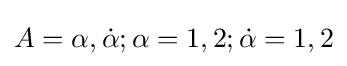
{\textstyle A=\alpha ,{\dot {\alpha }};\alpha =1,2;{\dot {\alpha }}=1,2}